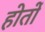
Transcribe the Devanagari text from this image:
होतों